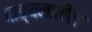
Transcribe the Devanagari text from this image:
वाङ्यमातील